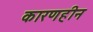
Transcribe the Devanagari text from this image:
कारणहीन